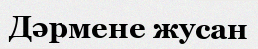
Дәрмене жусан